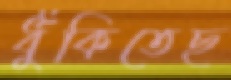
ধুঁকিতেছ